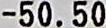
-50.50